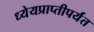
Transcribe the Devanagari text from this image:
ध्येयप्राप्तीपर्यंत